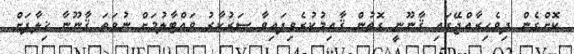
ކޮށްގެން ދިވެހިރާއްޖޭގައި ޤާނޫނީ ގޮތުން ޤާއިމުކުރެވިފައިވާ ސަރުކާރު ވައްޓާލުމަށް ނުވަތަ ޤާނޫނާ ޚިލާފަށް